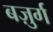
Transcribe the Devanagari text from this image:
बज़ुर्ग